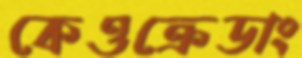
কেওক্রেডাং